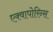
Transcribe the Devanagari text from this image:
एक्वापोरिन्स